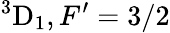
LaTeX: {}^{3}\mathrm{D}_{1},F^{\prime}=3/2